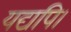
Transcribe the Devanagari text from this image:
यद्यपि।